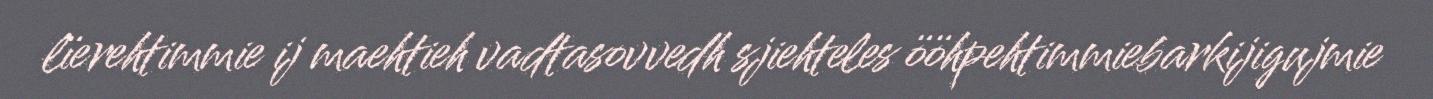
lïerehtimmie ij maehtieh vadtasovvedh sjiehteles ööhpehtimmiebarkijigujmie